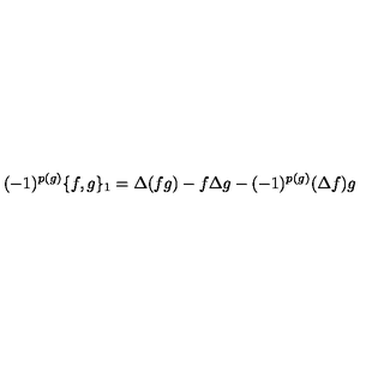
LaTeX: ( - 1 ) ^ { p ( g ) } \{ f , g \} _ { 1 } = \Delta ( f g ) - f \Delta g - ( - 1 ) ^ { p ( g ) } ( \Delta f ) g